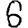
Digit: 6